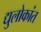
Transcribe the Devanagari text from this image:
द्युलोकांत